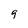
Character: q